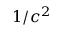
1 / c ^ { 2 }